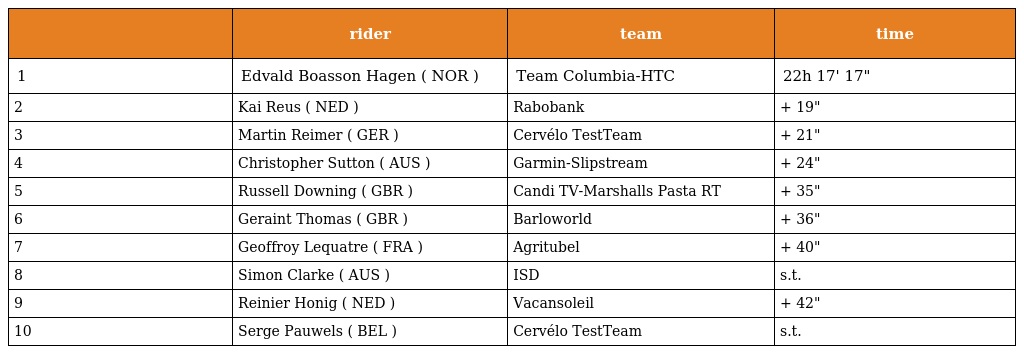
|  | rider | team | time |
 | --- | --- | --- | --- |
 | 1 | Edvald Boasson Hagen ( NOR ) | Team Columbia-HTC | 22h 17' 17" |
 | 2 | Kai Reus ( NED ) | Rabobank | + 19" |
 | 3 | Martin Reimer ( GER ) | Cervélo TestTeam | + 21" |
 | 4 | Christopher Sutton ( AUS ) | Garmin-Slipstream | + 24" |
 | 5 | Russell Downing ( GBR ) | Candi TV-Marshalls Pasta RT | + 35" |
 | 6 | Geraint Thomas ( GBR ) | Barloworld | + 36" |
 | 7 | Geoffroy Lequatre ( FRA ) | Agritubel | + 40" |
 | 8 | Simon Clarke ( AUS ) | ISD | s.t. |
 | 9 | Reinier Honig ( NED ) | Vacansoleil | + 42" |
 | 10 | Serge Pauwels ( BEL ) | Cervélo TestTeam | s.t. |